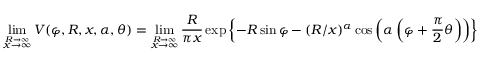
\operatorname* { l i m } _ { \stackrel { R \to \infty } { x \to \infty } } V ( \varphi , R , x , \alpha , \theta ) = \operatorname* { l i m } _ { \stackrel { R \to \infty } { x \to \infty } } \frac { R } { \pi x } \exp \left\{ - R \sin \varphi - ( R / x ) ^ { \alpha } \cos \left( \alpha \left( \varphi + \frac { \pi } { 2 } \theta \right) \right) \right\}